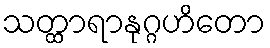
သတ္ထာရာနုဂ္ဂဟိတော